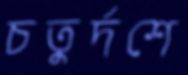
চতুর্দশে